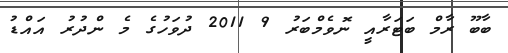
ބާބޫ ރާމް ބަޓަރާއީ ނޮވެމްބަރު 9 2011 ދުވަހުގެ މެ ންދުރު އައްޑު